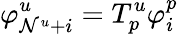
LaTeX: \varphi_{\mathcal{N}^{u}+i}^{u}=T_{p}^{u}\varphi_{i}^{p}